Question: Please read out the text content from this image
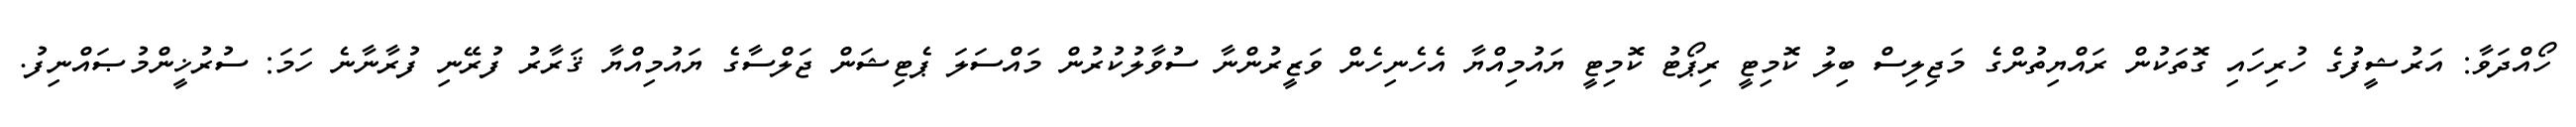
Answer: ހޯއްދަވާ: އަރުޝީފުގެ ހުރިހައި ގޮތަކުން ރައްޔިތުންގެ މަޖިލިސް ބިލު ކޮމިޓީ ރިޕޯޓު ކޮމިޓީ ޔައުމިއްޔާ އެހެނިހެން ވަޒީރުންނާ ސުވާލުކުރުން މައްސަލަ ޕެޓިޝަން ޖަލްސާގެ ޔައުމިއްޔާ ޤަރާރު ފުރޭނި ފުރާނާނެ ހަމަ: ސުރުޚީންމުޞައްނިފު.